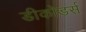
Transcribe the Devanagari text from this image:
डीकोडर्स